Outbreak of cholera in the village of Akhoree, in the Mirzapore district
Disease focus: Cholera
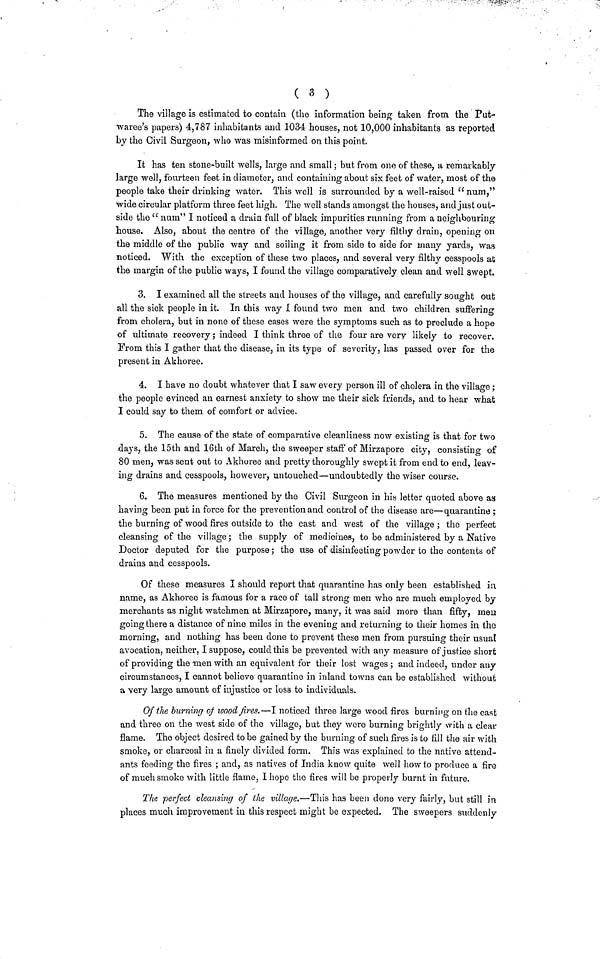
The village is estimated to contain (the information being taken from the Put-
waree's papers) 4,787 inhabitants and 1034 houses, not 10,000 inhabitants as reported
by the Civil Surgeon, who was misinformed on this point.
It has ten stone-built wells, large and small; but from one of these, a remarkably
large well, fourteen feet in diameter, and containing about six feet of water, most of the
people take their drinking water. This well is surrounded by a well-raised "num,"
wide circular platform three feet high. The well stands amongst the houses, and just out-
side the " num" I noticed a drain full of black impurities running from a neighbouring
house. Also, about the centre of the village, another very filthy drain, opening on
the middle of the public way and soiling it from side to side for many yards, was
noticed. With the exception of these two places, and several very filthy cesspools at
the margin of the public ways, I found the village comparatively clean and well swept.
3. I examined all the streets and houses of the village, and carefully sought out
all the sick people in it. In this way I found two men and two children suffering
from cholera, but in none of these cases were the symptoms such as to preclude a hope
of ultimate recovery; indeed I think three of the four are very likely to recover.
From this I gather that the disease, in its type of severity, has passed over for the
present in Akhoree.
4. I have no doubt whatever that I saw every person ill of cholera in the village;
the people evinced an earnest anxiety to show me their sick friends, and to hear what
I could say to them of comfort or advice.
5. The cause of the state of comparative cleanliness now existing is that for two
days, the 15th and 16th of March, the sweeper staff of Mirzapore city, consisting of
80 men, was sent out to Akhoree and pretty thoroughly swept it from end to end, leav-
ing drains and cesspools, however, untouched—undoubtedly the wiser course.
6. The measures mentioned by the Civil Surgeon in his letter quoted above as
having been put in force for the prevention and control of the disease are—quarantine ;
the burning of wood fires outside to the east and west of the village; the perfect
cleansing of the village; the supply of medicines, to be administered by a Native
Doctor deputed for the purpose; the use of disinfecting powder to the contents of
drains and cesspools.
Of these measures I should report that quarantine has only been established in
name, as Akhoree is famous for a race of tall strong men who are much employed by
merchants as night watchmen at Mirzapore, many, it was said more than fifty, men
going there a distance of nine miles in the evening and returning to their homes in the
morning, and nothing has been done to prevent these men from pursuing their usual
avocation, neither, I suppose, could this be prevented with any measure of justice short
of providing the men with an equivalent for their lost wages; and indeed, under any
circumstances, I cannot believe quarantine in inland towns can be established without
a very large amount of injustice or loss to individuals.
Of the burning of wood fires.—I noticed three large wood fires burning on the east
and three on the west side of the village, but they were burning brightly with a clear
flame. The object desired to be gained by the burning of such fires is to fill the air with
smoke, or charcoal in a finely divided form. This was explained to the native attend-
ants feeding the fires ; and, as natives of India know quite well how to produce a fire
of much smoke with little flame, I hope the fires will be properly burnt in future.
The perfect cleansing of the village.—This has been done very fairly, but still in
places much improvement in this respect might be expected. The sweepers suddenly
( 3 )